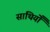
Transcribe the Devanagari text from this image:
साथियोँ